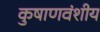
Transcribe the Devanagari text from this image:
कुषाणवंशीय